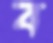
ব